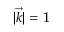
| { \vec { k } } | = 1